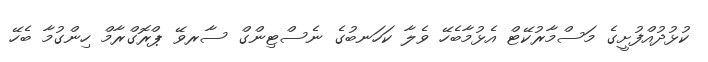
ކުޅުދުއްފުށީގެ މަސްމާރުކޭޓް އެޅުމާބެހޭ ވެލާ ކަހަނބުގެ ނެސްޓިންގް ސާރވޭ ޕްރޮގްރާމް ހިންގުމާ ބެހޭ